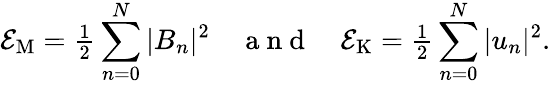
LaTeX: {\cal E}_{\mathrm{M}}={\textstyle{\frac{1}{2}}}\sum_{n=0}^{N}|B_{n}|^{2}\quad\mathrm{~a~n~d~}\quad{\cal E}_{\mathrm{K}}={\textstyle{\frac{1}{2}}}\sum_{n=0}^{N}|u_{n}|^{2}.